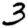
Digit: 3